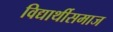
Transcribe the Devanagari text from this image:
विद्यार्थीसमाज